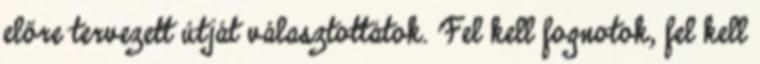
előre tervezett útját választottátok. Fel kell fognotok, fel kell